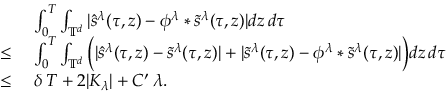
\begin{array} { r l } & { \ \int _ { 0 } ^ { T } \int _ { \mathbb { T } ^ { d } } | \hat { s } ^ { \lambda } ( \tau , z ) - \phi ^ { \lambda } * \tilde { s } ^ { \lambda } ( \tau , z ) | d z \, d \tau } \\ { \leq } & { \ \int _ { 0 } ^ { T } \int _ { \mathbb { T } ^ { d } } \Big ( | \hat { s } ^ { \lambda } ( \tau , z ) - \tilde { s } ^ { \lambda } ( \tau , z ) | + | \tilde { s } ^ { \lambda } ( \tau , z ) - \phi ^ { \lambda } * \tilde { s } ^ { \lambda } ( \tau , z ) | \Big ) d z \, d \tau } \\ { \leq } & { \ \delta \, T + 2 | K _ { \lambda } | + C ^ { \prime } \, \lambda . } \end{array}